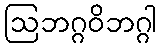
ဩဘဂ္ဂဝိဘဂ္ဂါ